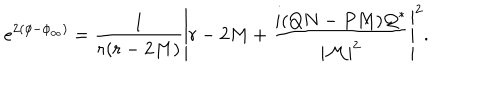
e ^ { 2 \left( \phi - \phi _ { \infty } \right) } = \frac { 1 } { r ( r - 2 M ) } \left| r - 2 M + \frac { i ( Q N - P M ) { \cal Q } ^ { * } } { | { \cal M } | ^ { 2 } } \right| ^ { 2 } .